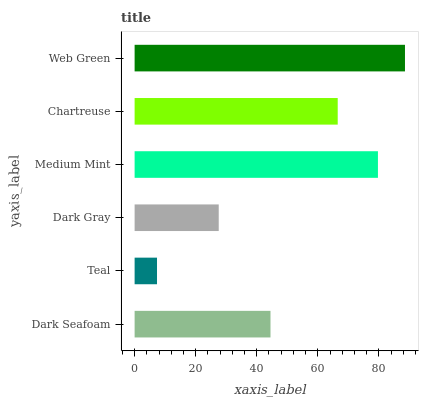
| yaxis_label | bars |
 | --- | --- |
 | Dark Seafoam | 44.5 |
 | Teal | 7.34 |
 | Dark Gray | 27.6 |
 | Medium Mint | 79.7 |
 | Chartreuse | 66.5 |
 | Web Green | 88.6 |